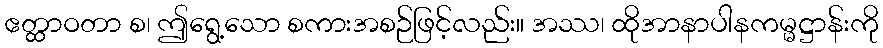
ဧတ္ထာဝတာ စ၊ ဤရွေ့သော စကားအစဉ်ဖြင့်လည်း။ အဿ၊ ထိုအာနာပါနကမ္မဋ္ဌာန်းကို